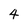
Character: 4